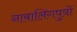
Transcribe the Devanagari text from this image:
नाबालिगपुत्रों